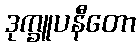
ဒုက္ခူပနီတော